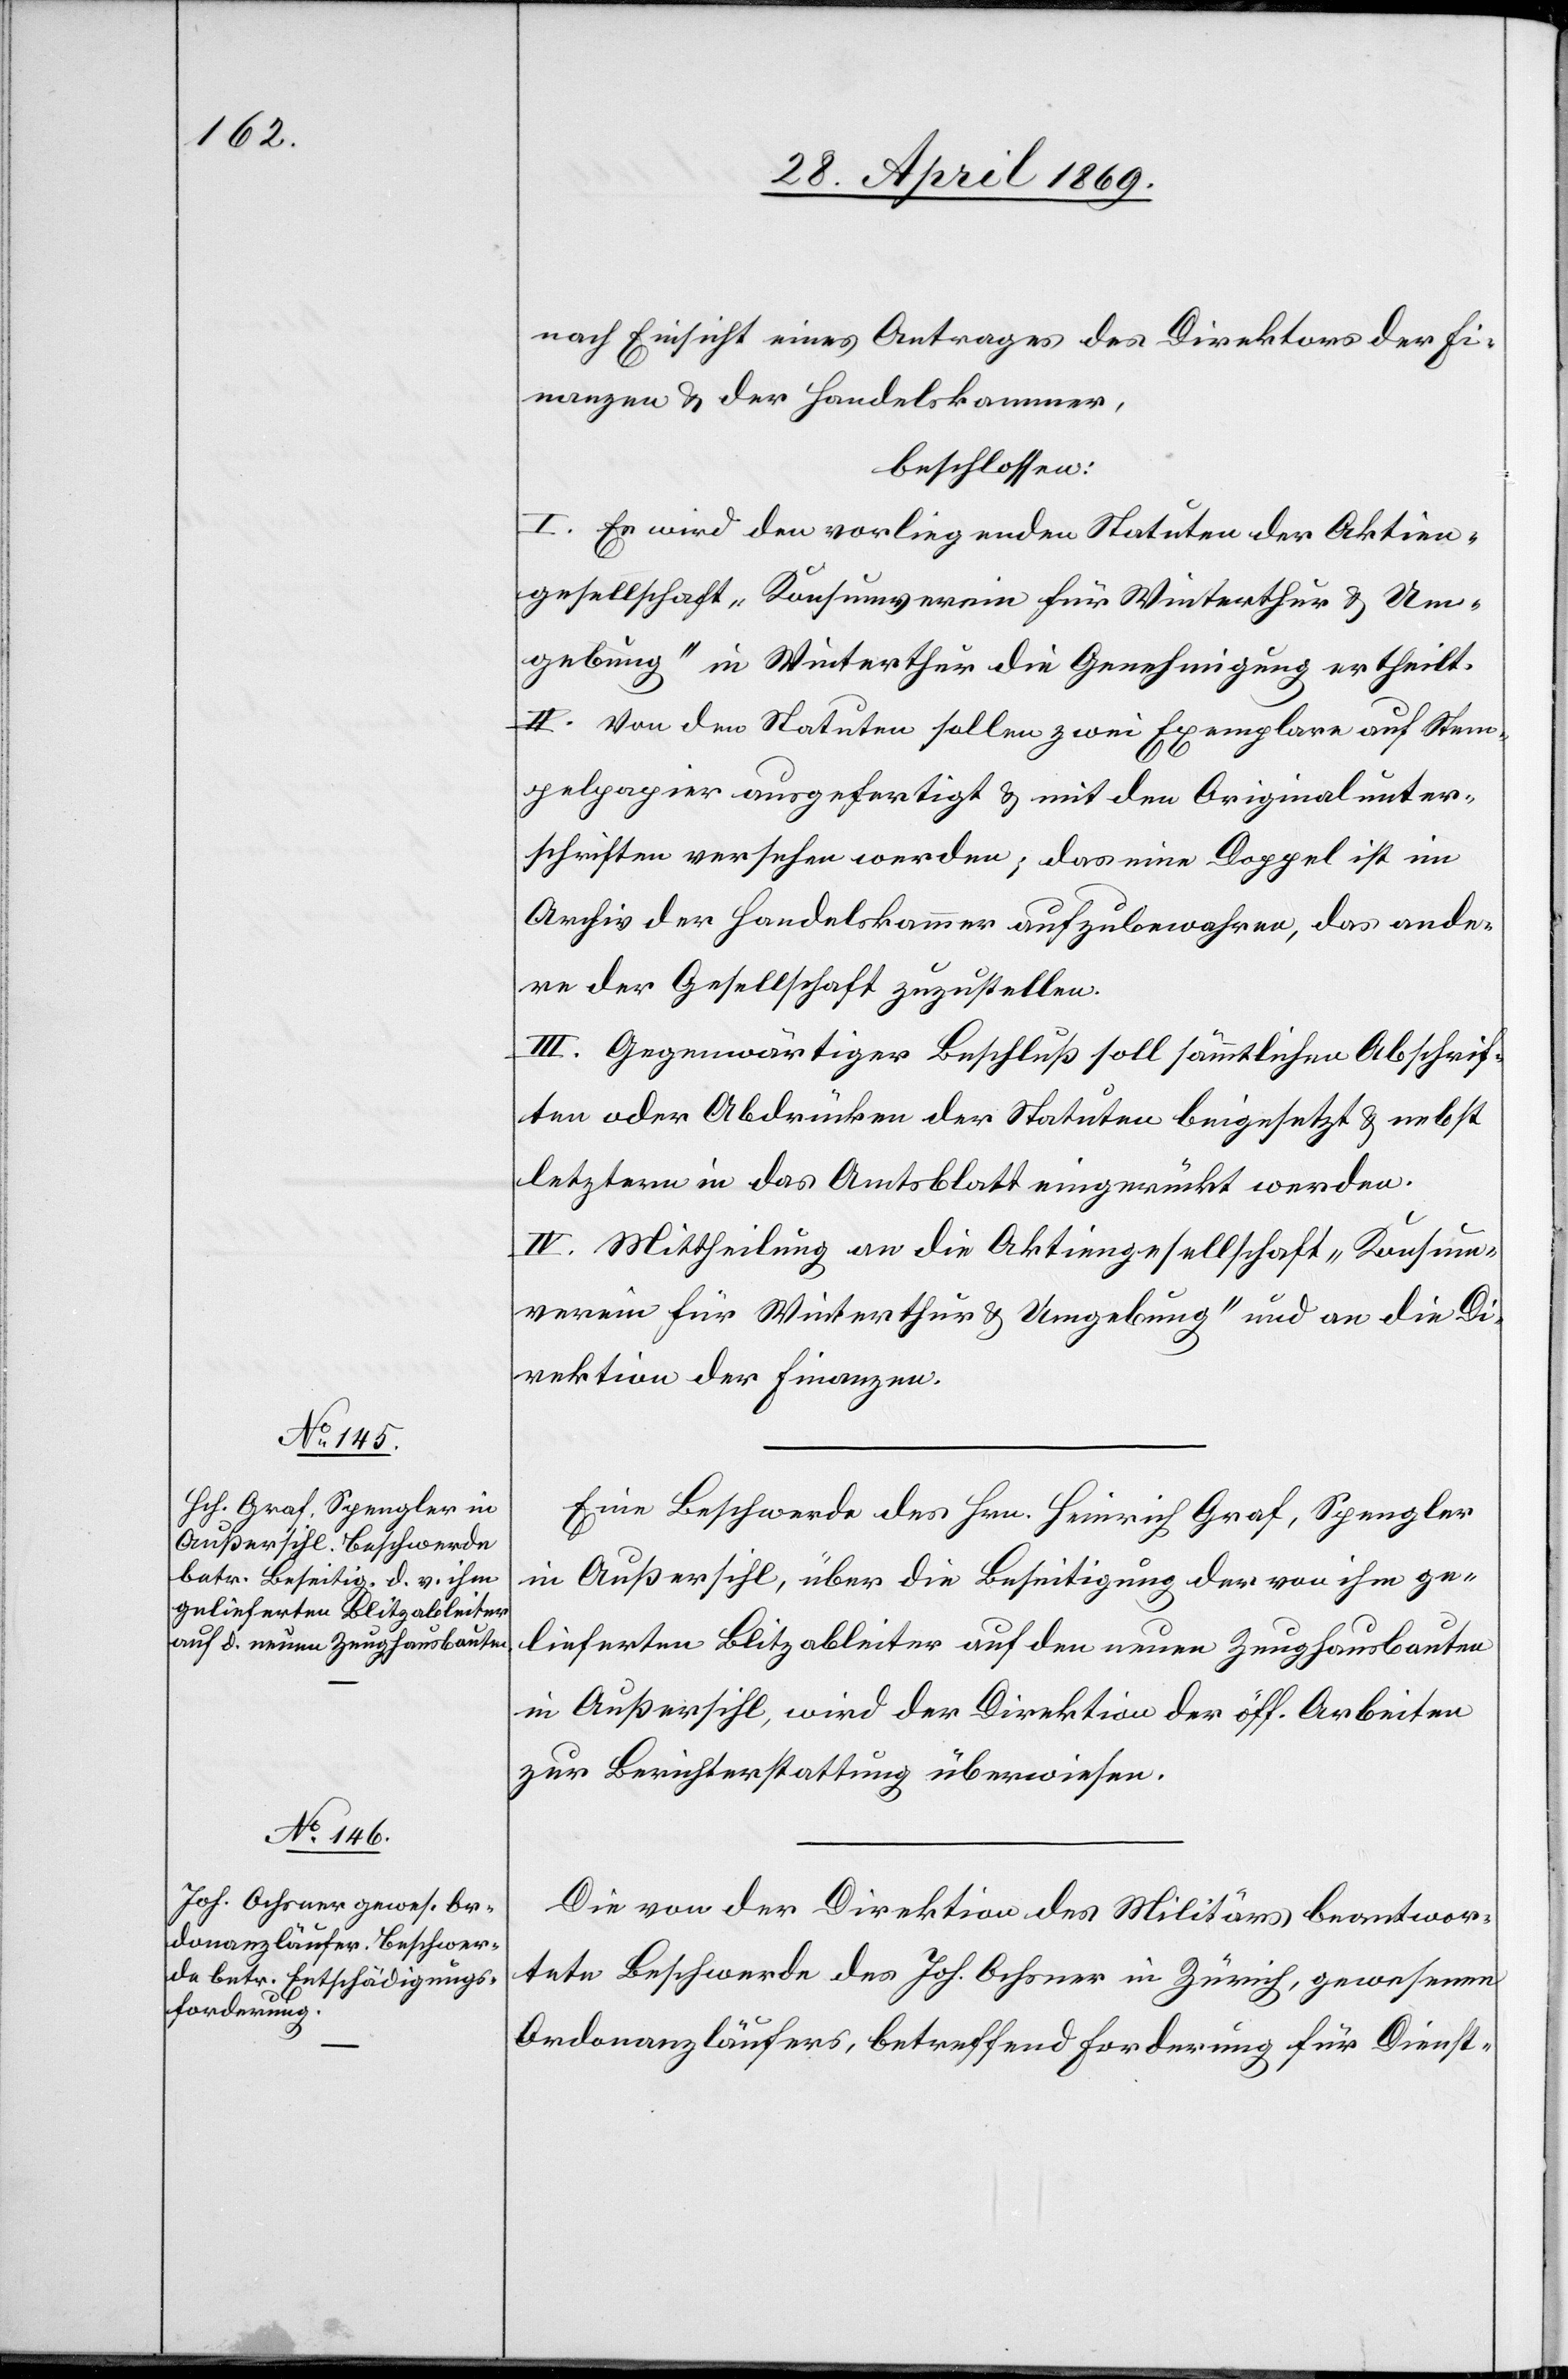
nach Einsicht eines Antrages des Direktors der Fi¬
nanzen u. der Handelskammer,
beschlossen:
I. Es wird den vorliegenden Statuten der Aktien¬
gesellschaft „Konsumverein für Winterthur u. Um¬
gebung“ in Winterthur die Genehmigung ertheilt.
II. Von den Statuten sollen zwei Exemplare auf Stem¬
pelpapier ausgefertigt u. mit den Originalunter¬
schriften versehen werden; das eine Doppel ist im
Archiv der Handelskammer aufzubewahren, das ande¬
re der Gesellschaft zuzustellen.
III. Gegenwärtiger Beschluß soll sämmtlichen Abschrif¬
ten oder Abdrücken der Statuten beigesetzt u. nebst
letztern in das Amtsblatt eingerückt werden.
IV. Mittheilung an die Aktiengesellschaft „Konsum¬
verein für Winterthur u. Umgebung“ und an die D¬
irektion der Finanzen.
Eine Beschwerde des Hrn. Heinrich Graf, Spengler
in Außersihl, über die Beseitigung der von ihm ge¬
lieferten Blitzableiter auf den neuen Zeughausbauten
in Außersihl, wird der Direktion der öff. Arbeiten
zur Berichterstattung überwiesen.
Die von der Direktion der öff. Arbeiten beantwor¬
tete Beschwerde des Joh. Ochsner in Zürich, gewesenen
Ordonanzläufers, betreffend Forderung für Dienst-